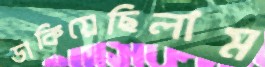
ডাকিয়েছিলাম